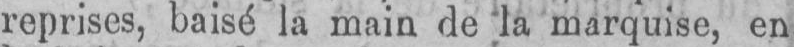
reprises, baisé la main de la marquise, en